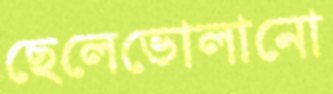
ছেলেভোলানো